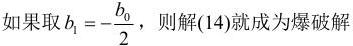
如果取 $b_1 = -\frac{b_0}{2}$，则解(14)就成为爆破解